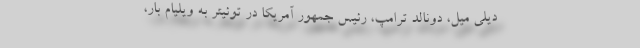
دیلی میل، دونالد ترامپ، رئیس جمهور آمریکا در توئیتر به ویلیام بار،